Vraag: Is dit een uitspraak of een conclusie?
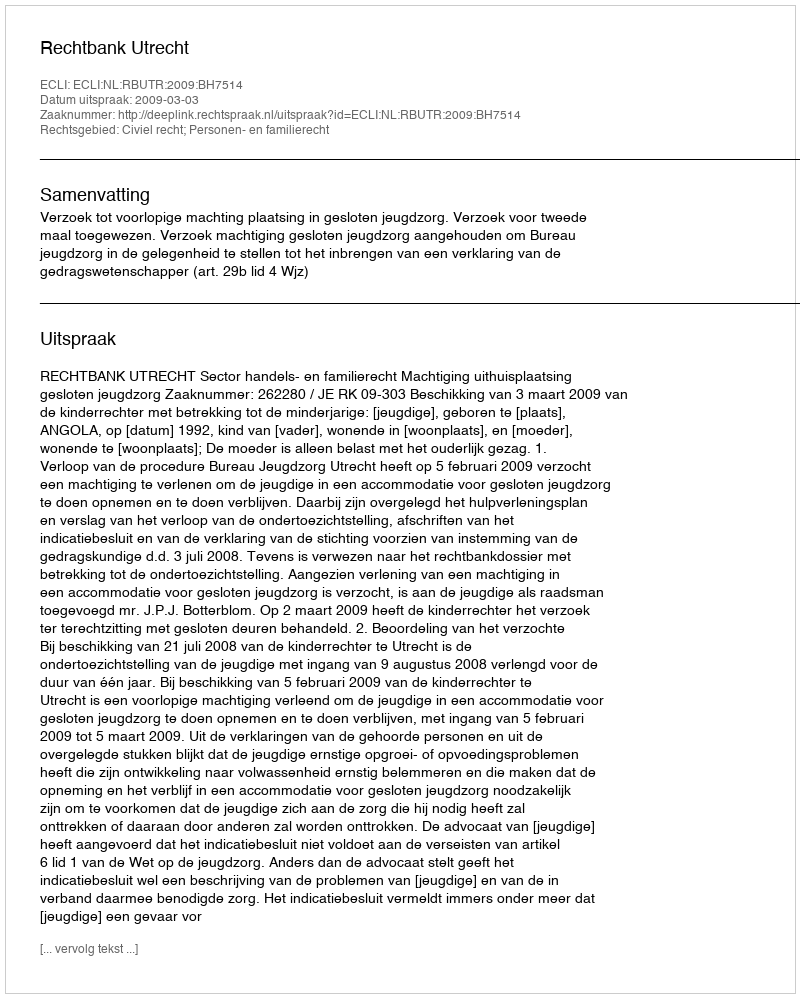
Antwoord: Uitspraak